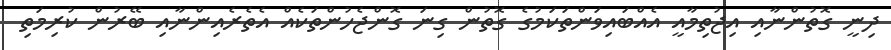
ދިނީ ގޮތުންނާއި އިޖުތިމާއީ އެއްބައިވަންތަކަމުގެ ގޮތުން ގިނަ ގޮންޖެހުންތަކެއް އެތެރެއިންނާއި ބޭރުން ކުރިމަތި